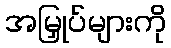
အမြှုပ်များကို